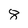
Character: 8